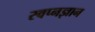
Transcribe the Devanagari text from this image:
स्वप्नज्ञान